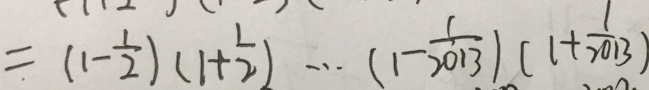
= ( 1 - \frac { 1 } { 2 } ) ( 1 + \frac { 1 } { 2 } ) \cdots ( 1 - \frac { 1 } { 2 0 1 3 } ) ( 1 + \frac { 1 } { 2 0 1 3 } )